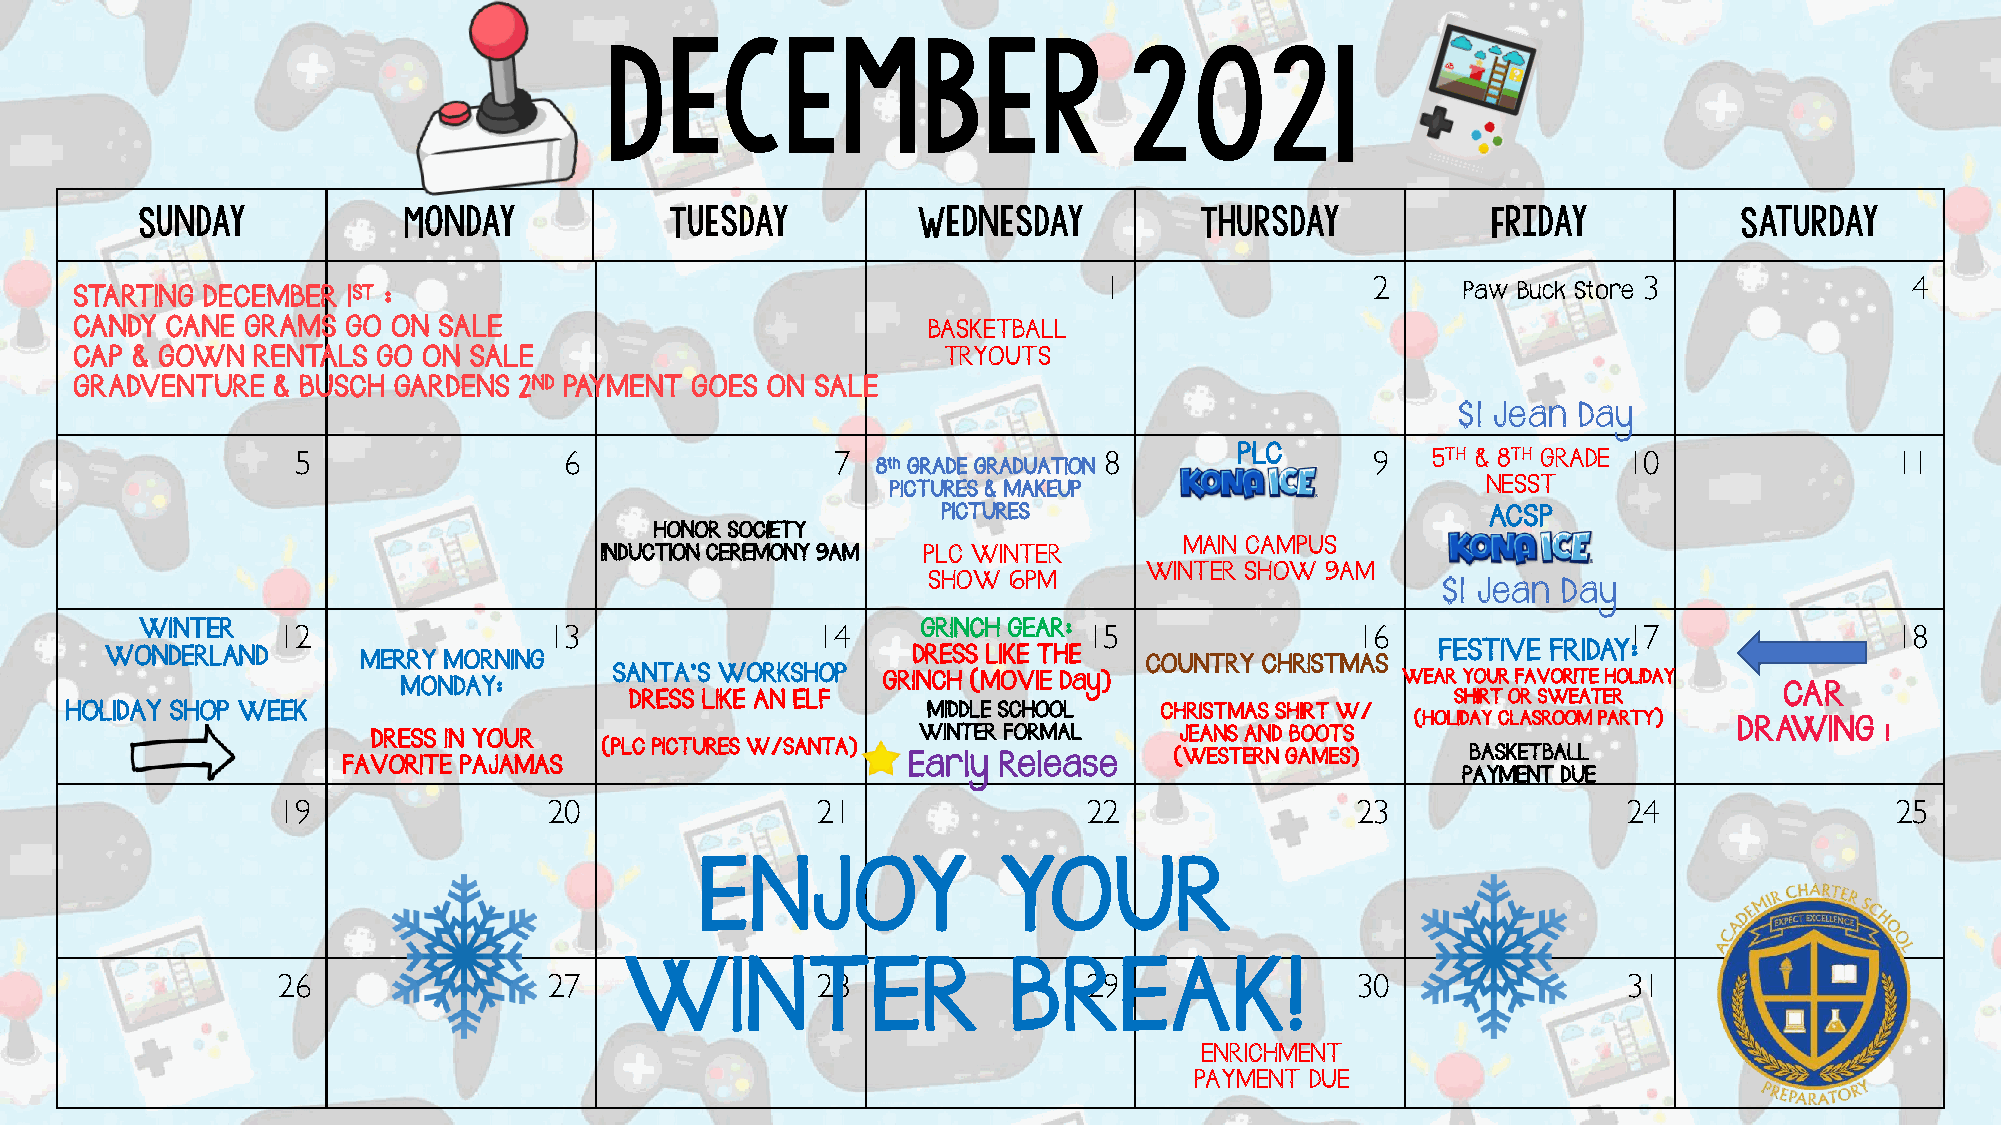
December                           2021
 Sunday            Monday           Tuesday          Wednesday         Thursday            Friday          Saturday
 1                 2                 3                 4
 STARTING DECEMBER 1ST :                                                                     Paw Buck Store
 CANDY CANE GRAMS  GO ON SALE                            BASKETBALL
 CAP & GOWN  RENTALS GO ON SALE                           TRYOUTS
 GRADVENTURE  & BUSCH GARDENS 2ND PAYMENT GOES ON SALE
 $1 Jean Day
 5                6                 7  8th GRADE GRADUATION 8  PLC      9   5 T H & 8 T H G R A D E 10    11
 P IC T U R E S & M A K E U P           NESST
 PICTURES                             ACSP
 HONOR SOCIETY
 MAIN CAMPUS
 INDUCTION CEREMONY 9AM PLC WINTER
 WINTER SHOW 9AM
 SHOW  6PM
 $1 Jean Day
 WINTER   12                13                14     G R I N C H G E A R : 15     16                17               18
 WONDERLAND       MERRY MORNING                       DRESS LIKE THE  COUNTRY CHRISTMAS  FESTIVE FRIDAY:
 MONDAY:       SA DRN ET SA S’ S
 L
 IW
 KE
 O AR NK S EH LO
 F
 P  GRINCH (MOVIE Day)                 WEAR
 S
 Y HO IRU TR
 O
 F RA V SWOR EIT AE
 T
 EH RO L IDAY
 CAR
 HOLIDAY SHOP WEEK
 DRESS IN YOUR
 WM II NDD TL EE
 R
 S FC OH RO MO AL
 L
 CH JR EI AST NSM A AS
 N
 DS H BI OR OT
 T
 W
 S
 /   (HOLIDAY CLASROOM PARTY)
 DRAWING   !
 (PLC PICTURES W/SANTA)                (WESTERN GAMES)    BASKETBALL
 FAVORITE PAJAMAS                     Early Release
 PAYMENT DUE
 19                20                21                22                23                24               25
 ENJOY               YOUR
 26                27                28                29                30                31
 WINTER                    BREAK!
 ENRICHMENT
 PAYMENT DUE